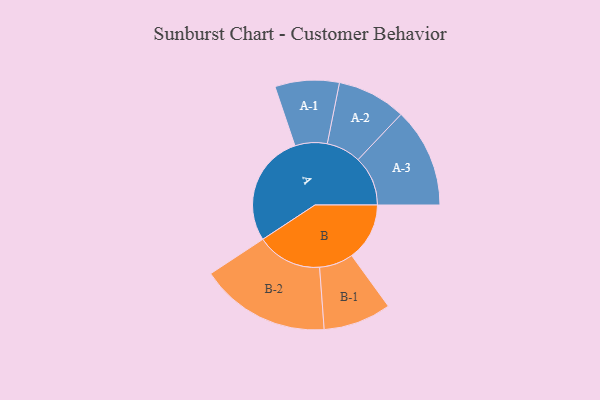
{"axis": {"x": "Segment", "y": "Value"}, "legend": ["", "A", "B"], "data": [{"x": "A", "y": 488, "type": ""}, {"x": "B", "y": 252, "type": ""}, {"x": "A-1", "y": 140, "type": "A"}, {"x": "A-2", "y": 150, "type": "A"}, {"x": "A-3", "y": 217, "type": "A"}, {"x": "B-1", "y": 148, "type": "B"}, {"x": "B-2", "y": 284, "type": "B"}]}